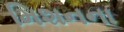
મિશનના